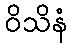
ဝိသိနံ